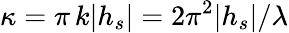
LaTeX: \kappa=\pi\, k|h_{s}|=2\pi^{2}|h_{s}|/\lambda